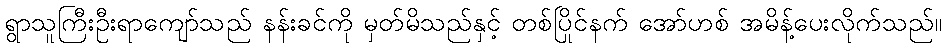
ရွာသူကြီးဦးရာကျော်သည် နန်းခင်ကို မှတ်မိသည်နှင့် တစ်ပြိုင်နက် အော်ဟစ် အမိန့်ပေးလိုက်သည်။